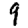
Digit: 9